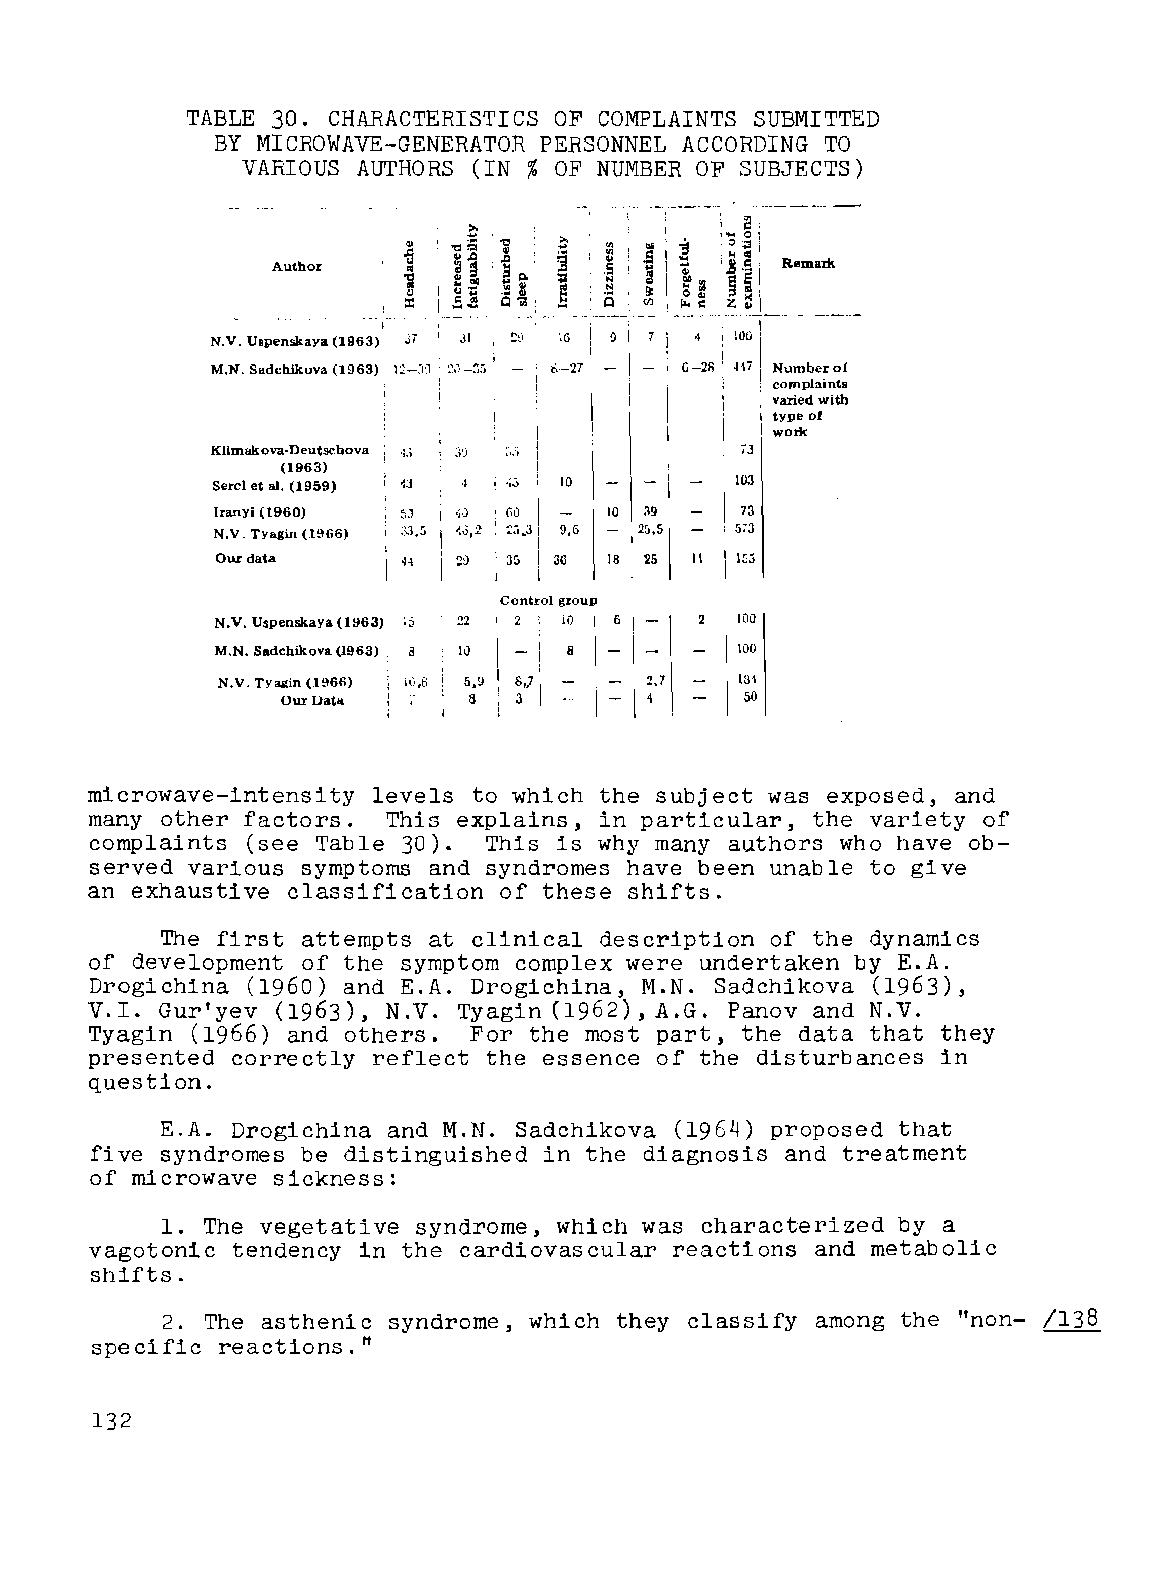
TABLE 30. CHARACTERISTICS OF COMPLAINTS SUBMITTED
 BY MICROWAVE-GENERATOR PERSONNEL ACCORDING TO
 VARIOUS AUTHORS (IN %OF NUMBER OF SUBJECTS)
 ---­
 i a ---~,---
 Author   ~ :~0
 "
 I>
 i
 ' .O=
 I~
 .0 .:>
 .
 .= ~~ . .l ~ ..: ..l ' .. ~~0 l !0 :> !l
 l O
 ' lt" :: : E;» : :s 1: , ; .. Z. §0 8... .: .; : . ".0 >1. ~
 <
 Remarl<
 N.V. Uspenskaya (1963); J; I 31 ~0 tG , 100
 ,
 I -
 M.N. Sadchikova (1963) 12-:1:1 l ~\1-35 ~ fr-21 H7 Number of
 complaints
 i varied with
 I type of
 I worl<
 Klimakova-Deutschova .JJ 3~ : D,)  ;3
 (1963)
 Sercl et aJ. (1959) i 13 ,;;:; 10  103
 ;       ,
 banyi (1960) 5J "Q  GO    10 39    73
 N.V. Tyagin (1966) ~~.5 4J,2 i 25 ..3 9.6 25.5 573
 Our data     H  29 i! y=;) 3u 18 25 11 Hj:i
 Control group
 N.V. Uspenskaya (1963) l5 22 2 10 I 6 I ­ 2 100
 1_
 M.N. Sadchikova (1963) i! 10 8 i ­ 100
 =l
 N.V. Tyagin (1966) 10,8 5.9 &,.7 i !,1 184
 Our Data    8  3              50
 microwave-intensity levels to which the subject was exposed, and
 many other factors. This explains, in particular, the variety of
 complaints (see Table 30). This is why many authors who have ob­
 served various symptoms and syndromes have been unable to give
 an exhaustive classification of these shifts.
 The first attempts at clinical description of the dynamics
 of development of the symptom complex were undertaken by E.A.
 Drogichina (1960) and E.A. Drogichina, M.N. Sadchikova (1963),
 V.I. Gurtyev (1963), N.V. Tyagin (1962), A.G. Panov and N.V.
 Tyagin (1966) and others. For the most part, the data that they
 presented correctly reflect the essence of the disturbances in
 question.
 E.A. Drogichina and M.N. Sadchikova (1964) proposed that
 five syndromes be distinguished in the diagnosis and treatment
 of microwave sickness:
 1. The vegetative syndrome, which was characterized by a
 vagotonic tendency in the cardiovascular reactions and metabolic
 shifts.
 2. The asthenic syndrome, which they classify among the non- /138
 It
 specific reactions."
 132